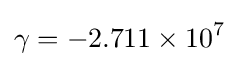
\gamma =-2.711\times 10^{7}